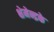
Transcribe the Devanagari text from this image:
क्षेमेन्द्रके